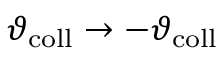
\vartheta _ { \mathrm { c o l l } } \rightarrow - \vartheta _ { \mathrm { c o l l } }